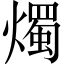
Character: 燭